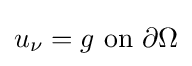
u_{\nu }=g{\text{ on }}\partial \Omega